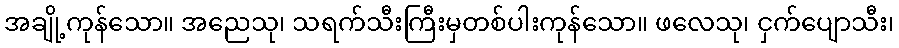
အချို့ကုန်သော။ အညေသု၊ သရက်သီးကြီးမှတစ်ပါးကုန်သော။ ဖလေသု၊ ငှက်ပျောသီး၊